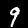
Digit: 9